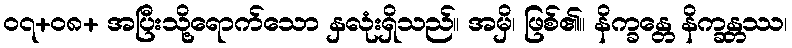
၀၇+၀၈+ အပြီးသို့ရောက်သော နှလုံးရှိသည်။ အမှိ၊ ဖြစ်၏။ နိက္ခန္တေ နိက္ခန္တဿ၊